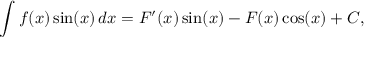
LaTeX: \int f ( x ) \sin ( x ) \, d x = F ^ { \prime } ( x ) \sin ( x ) - F ( x ) \cos ( x ) + C ,